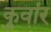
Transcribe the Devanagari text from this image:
कुवांर